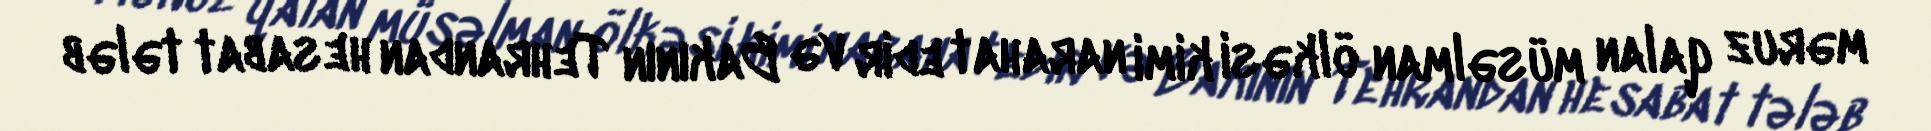
məruz qalan müsəlman ölkəsi kimi narahat edir və Bakının Tehrandan hesabat tələb